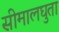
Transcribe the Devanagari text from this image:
सीमालघुता